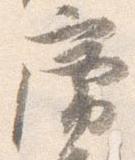
席